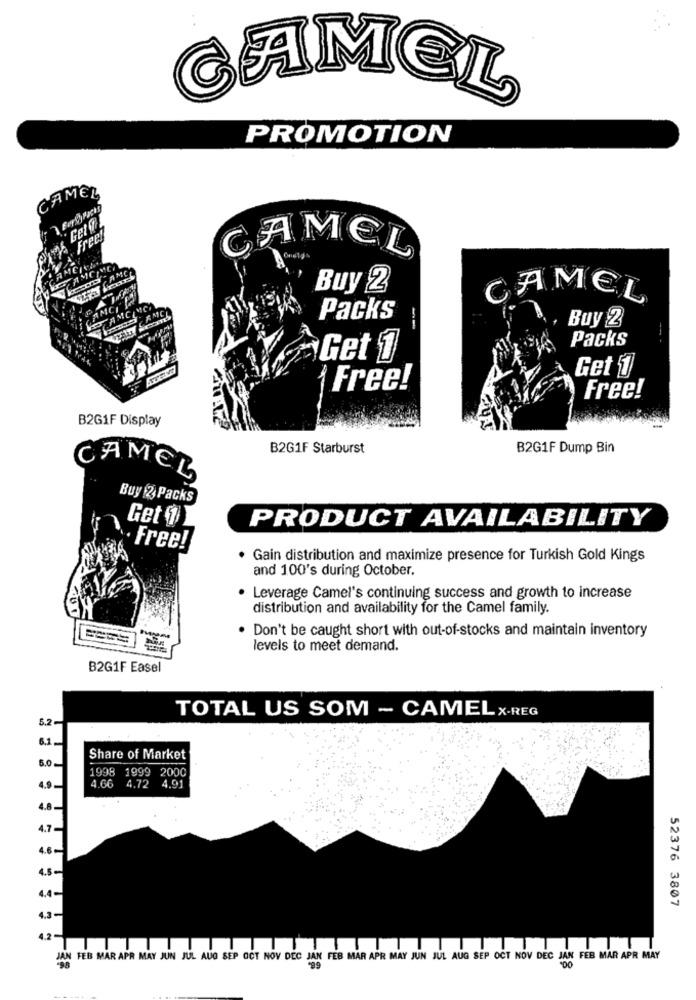
CAMEL
PROMOTION
CAMEL
Get 1
Free!
CAMEL
AMICIMC
Buy 2
CAMEL
CAMC
Packs
Buy 2
--
Packs
Get 1
Get 1
Free!
Free!
B2G1F Display
B2G1F Starburst
B2G1F Dump Bin
CAMEL
Buy 2 Packs
Get 1
PRODUCT AVAILABILITY
Free!
. Gain distribution and maximize presence for Turkish Gold Kings
and 100's during October.
Leverage Camel's continuing success and growth to increase
distribution and availability for the Camel family.
Don't be caught short with out-of-stocks and maintain inventory
levels to meet demand.
B2G1F Easel
TOTAL US SOM - CAMEL X.REG
5.2
6.1
5.0
Share of Market
1998 1999 2000
4.66 4.72
4.91
4.9
4.8.
52376 3807
4.3-
4.2-
JAN FEB MAR APR MAY JUN JUL AUG SEP OCT NOV DEC JAN FEB MAR APR MAY JUN JUL AUG SEP OCT NOV DEC JAN FEB MAR APR MAY